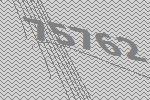
75762